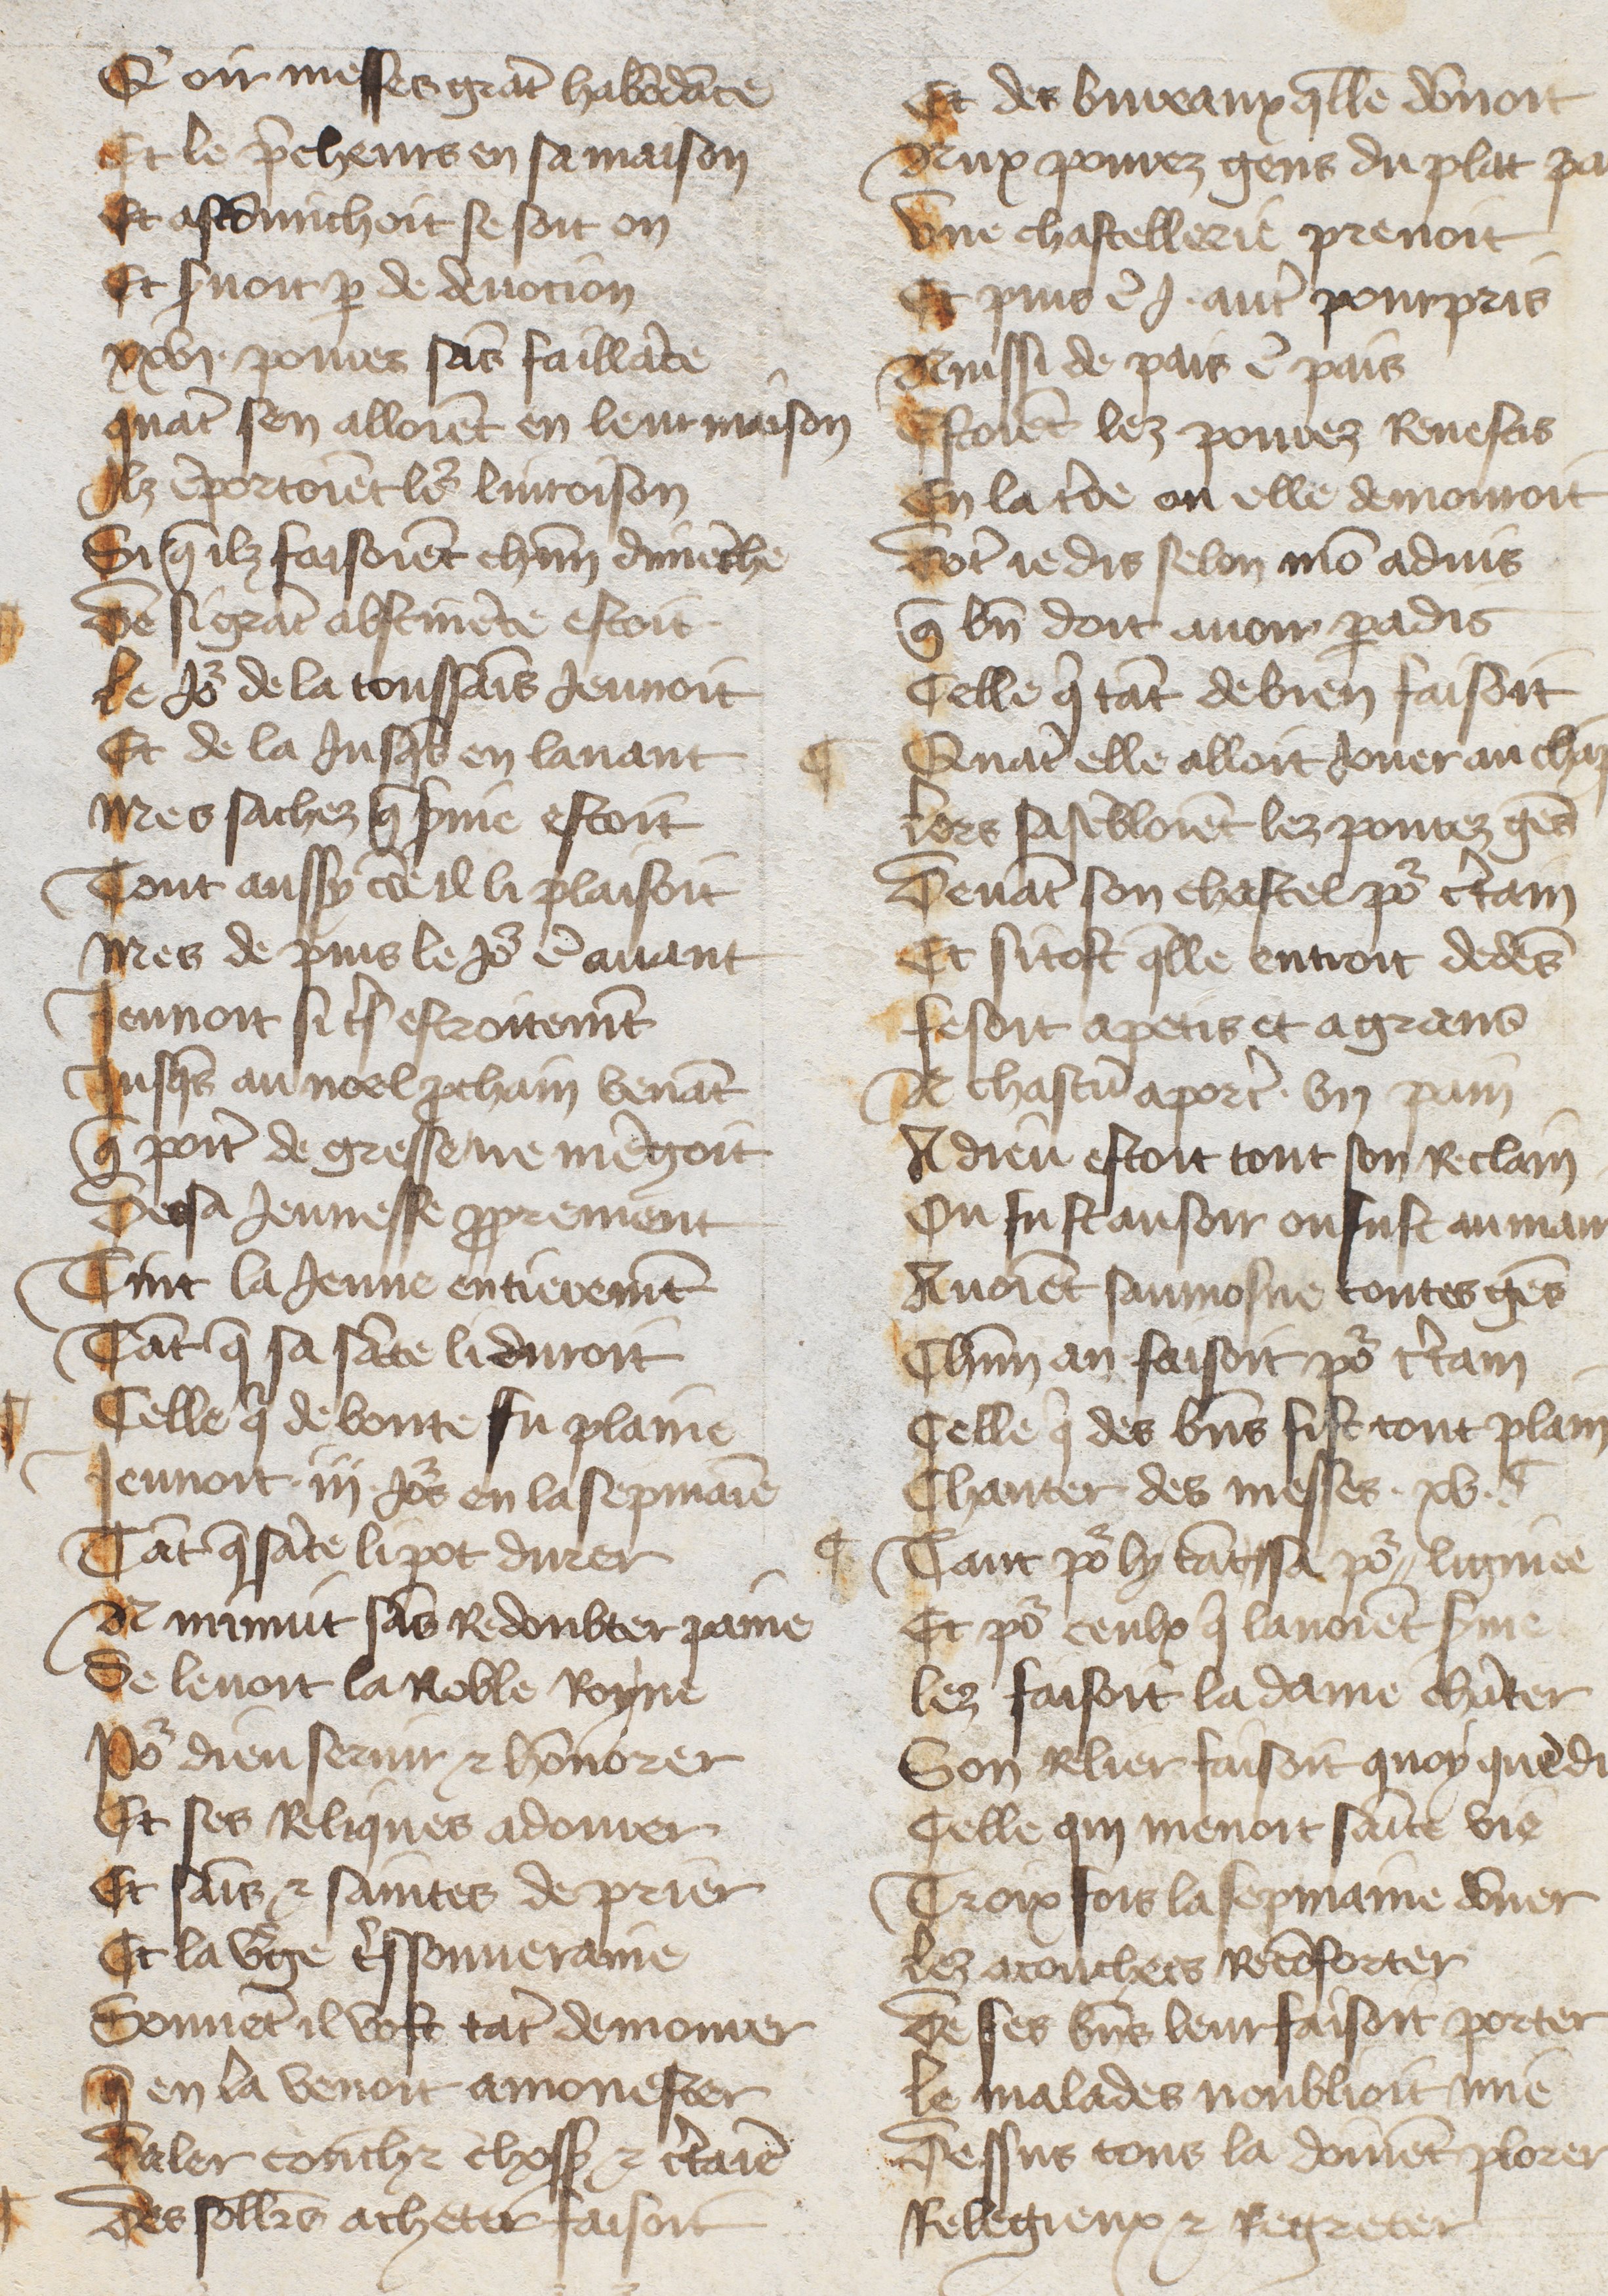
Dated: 1485–1499